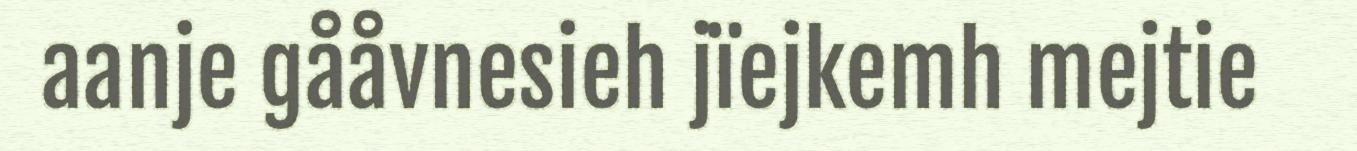
aanje gååvnesieh jïejkemh mejtie